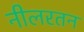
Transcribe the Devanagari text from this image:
नीलरतन